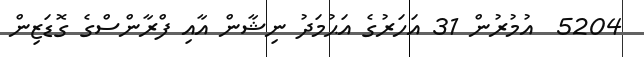
5204  އުމުރުން 31 އަހަރުގެ އަޙުމަދު ނިޝާން އާއި ފްރާންސްގެ ގޮޑަޒިން